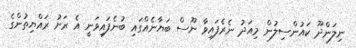
ނިލަންދޫ ކައުންސިލުން މިއަދު ނެރެފައިވާ ނޫސް ބަޔާނެއްގައި ބުނެފައިވަނީ އެ ރަށު ރައްޔިތުންގެ